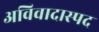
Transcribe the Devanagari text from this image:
अविवादास्पद